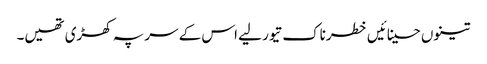
تینوں حسینائیں خطرناک تیور لیے اس کے سر پہ کھڑی تھیں۔